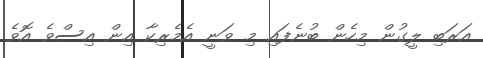
އަރަބި ލީގުން މިހެން ބުނެފައި މި ވަނީ އެމެރިކާ އިން އިސްވެ އޮވެ